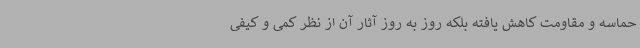
حماسه و مقاومت کاهش یافته بلکه روز به روز آثار آن از نظر کمی و کیفی